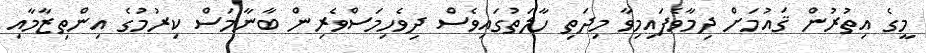
މީގެ އިތުރުން ޤައުމަށް ދިމާވެފައިމިވާ މިދަތި ހާލަތުގައިވެސް ދިވެހިމަސްވެރިން ބާނާމަސް ކިރުމުގެ އިންތިޒާމާއި